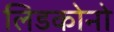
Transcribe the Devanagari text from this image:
लिडकोनो